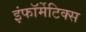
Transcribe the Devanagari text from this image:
इंफॉर्मेटिक्स